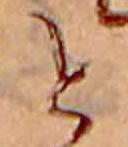
と